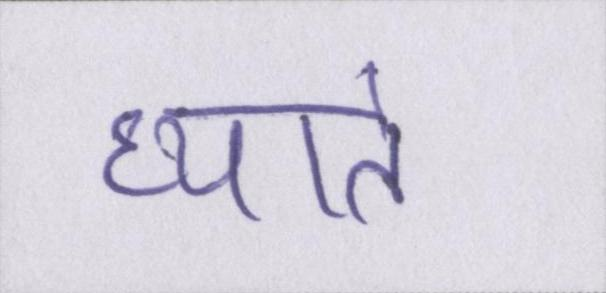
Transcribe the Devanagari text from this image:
ध्याते